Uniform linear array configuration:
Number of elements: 48
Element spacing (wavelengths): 0.25
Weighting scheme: blackman
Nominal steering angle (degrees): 15
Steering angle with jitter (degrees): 15.195
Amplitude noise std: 0.05
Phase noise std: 0.05

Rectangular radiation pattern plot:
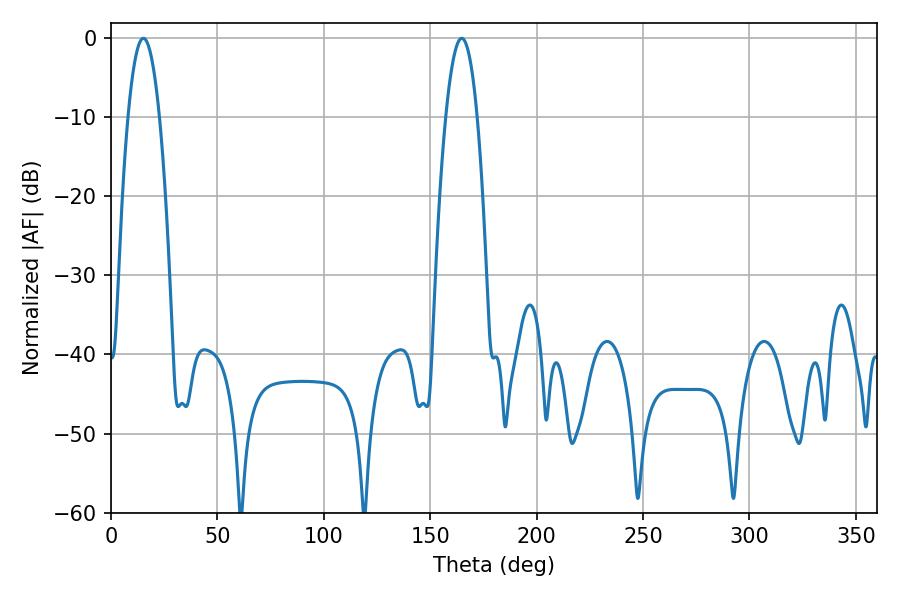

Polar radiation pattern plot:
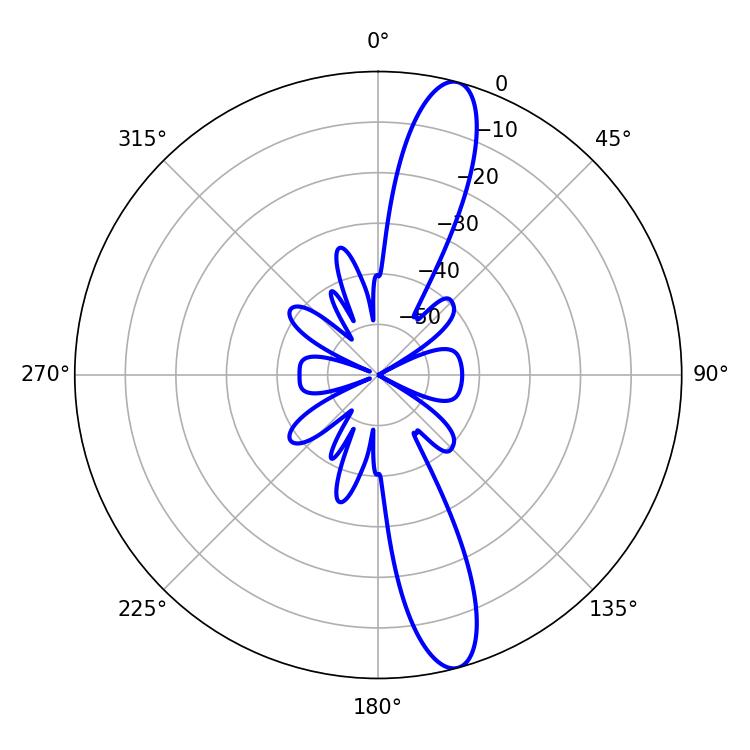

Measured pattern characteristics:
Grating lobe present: FALSE
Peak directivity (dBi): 13.958
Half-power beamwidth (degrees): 8.1
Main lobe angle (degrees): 15.3